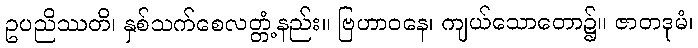
ဥပညိဿတိ၊ နှစ်သက်စေလတ္တံ့နည်း။ ဗြဟာဝနေ၊ ကျယ်သောတော၌။ ဇာတဒုမံ၊